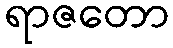
ရာဇတော